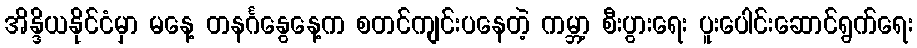
အိန္ဒိယနိုင်ငံမှာ မနေ့ တနင်္ဂနွေနေ့က စတင်ကျင်းပနေတဲ့ ကမ္ဘာ့ စီးပွားရေး ပူးပေါင်းဆောင်ရွက်ရေး